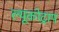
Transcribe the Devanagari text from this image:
ल्यूकोट्राप